Dysentery and liver abscess in Bombay - Number 47
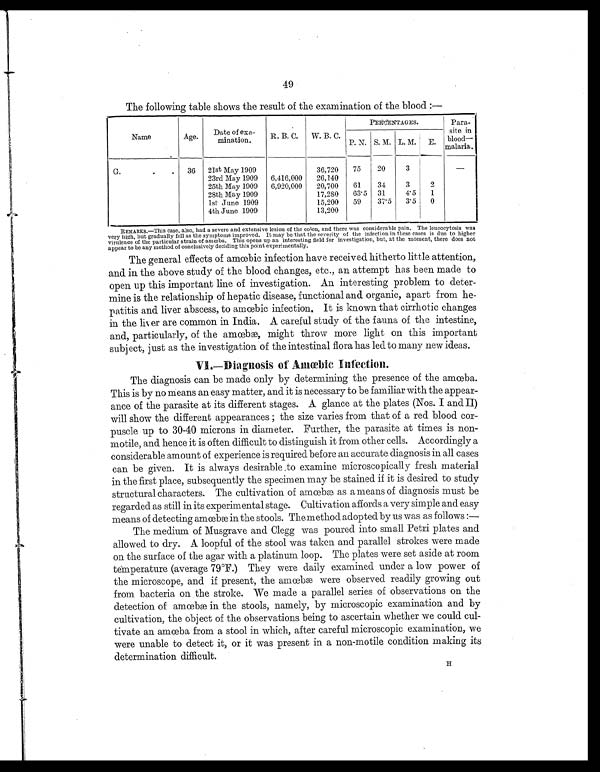
49
The following table shows the result of the examination of the blood :—
Name
Age.
Date of
exa-
mination.
R. B. C.
W. B. C.
PERCENTAGES.
Para-
s i t e i n
blood—
malaria.
P. N. S. M. L. M.
E.
G.
.
.
36
21st May 1909
36,720
75
20
3
—
23rd May 1909
6,416,000
26,140
25th May 1909
6,920,000
20,700
61
34
3
2
28th May 1909
17,280
63.5
31
4.5
1
1st June 1909
15,200
59
37.5
3.5
0
4th June 1909
13,200
R E M A R K S . — T h i s c a s e , a l s o , h a d a s e v e r e a n d e x t e n s i v e l e s i o n o f t h e c o l o n , a n d t h e r e w a s c o n s i d e r a b l e p a i n . T h e l e u c o c y t o s i s w a s
very high, but gradually fell as the symptoms improved. It may be that the severity of the infection in these cases is due to higher
virulence of the particular strain of amœba. This opens up an interesting field for investigation, but, at the moment, there does not
appear to be any method of conclusively deciding this point experimentally.
The general effects of amœbic infection have received hitherto little attention,
and in the above study of the blood changes, etc., an attempt has been made to
open up this important line of investigation. An interesting problem to deter-
mine is the relationship of hepatic disease, functional and organic, apart from he-
patitis and liver abscess, to amœbic infection. It is known that cirrhotic changes
in the liver are common in India. A careful study of the fauna of the intestine,
and, particularly, of the amœbæ, might throw more light on this important
subject, just as the investigation of the intestinal flora has led to many new ideas.
VI.—Diagnosis of Amœbic Infection.
The diagnosis can be made only by determining the presence of the amœba.
This is by no means an easy matter, and it is necessary to be familiar with the appear-
ance of the parasite at its different stages. A glance at the plates (Nos. I and II)
will show the different appearances ; the size varies from that of a red blood cor-
puscle up to 30-40 microns in diameter. Further, the parasite at times is non-
motile, and hence it is often difficult to distinguish it from other cells. Accordingly a
considerable amount of experience is required before an accurate diagnosis in all cases
can be given. It is always desirable to examine microscopically fresh material
in the first place, subsequently the specimen may be stained if it is desired to study
structural characters. The cultivation of amœbæ as a means of diagnosis must be
regarded as still in its experimental stage. Cultivation affords a very simple and easy
means of detecting amœbæ in the stools. The method adopted by us was as follows :
—
The medium of Musgrave and Clegg was poured into small Petri plates and
allowed to dry. A loopful of the stool was taken and parallel strokes were made
on the surface of the agar with a platinum loop. The plates were set aside at room
temperature (average 79°F.) They were daily examined under a low power of
the microscope, and if present, the amœbæ were observed readily growing out
from bacteria on .the stroke. We made a parallel series of observations on the
detection of amœbæ in the stools, namely, by microscopic examination and by
cultivation, the object of the observations being to ascertain whether we could cul-
tivate an amœbæ from a stool in which, after careful microscopic examination, we
were unable to detect it, or it was present in a non-motile condition making its
determination difficult.
H